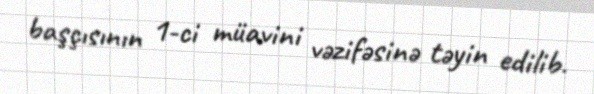
başçısının 1-ci müavini vəzifəsinə təyin edilib.